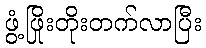
ဖွံ့ဖြိုးတိုးတက်လာပြီး